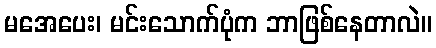
မအေပေး၊ မင်းသောက်ပုံက ဘာဖြစ်နေတာလဲ။